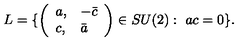
L = \{ \left( \begin{array} { l l } { a , } & { - \bar { c } } \\ { c , } & { \bar { a } } \\ \end{array} \right) \in S U ( 2 ) : \ a c = 0 \} .